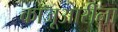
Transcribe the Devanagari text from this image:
कॉजूआरीना